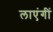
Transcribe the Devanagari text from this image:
लाएंगीं